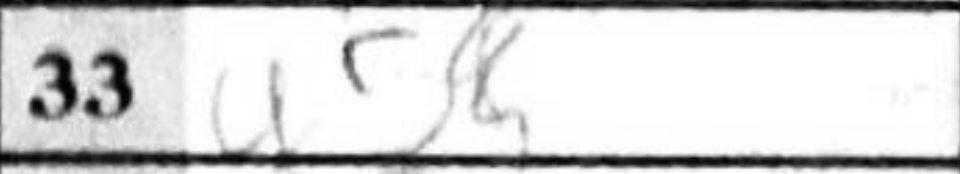
Transcription: g5